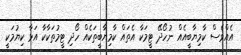
އެއްވެސް ކާމިޔާބީއެއް ނުހޯދޭ ޓީމަކާ އެތައް ކާމިޔާބީތަކެއް ހޯދި ޓީމުތަކާކާ އަޅާ ކިޔުމަކީ